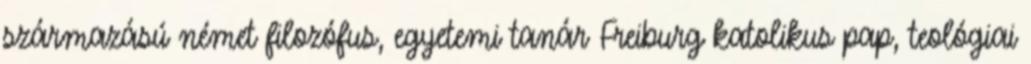
származású német filozófus, egyetemi tanár Freiburg katolikus pap, teológiai